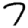
Digit: 7